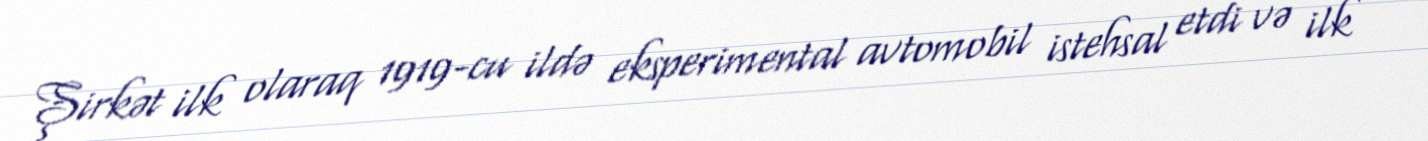
Şirkət ilk olaraq 1919-cu ildə eksperimental avtomobil istehsal etdi və ilk